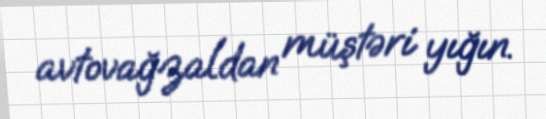
avtovağzaldan müştəri yığın.